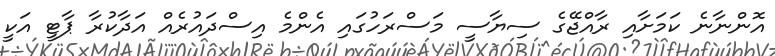
އޮންނާނެ ކަމަށާއި ރާއްޖޭގެ ސިޔާސީ މަސްރަހުގައި އެންމެ އިސްދައުރެއް އަދާކުރާ ޕާޓީ އަކީ